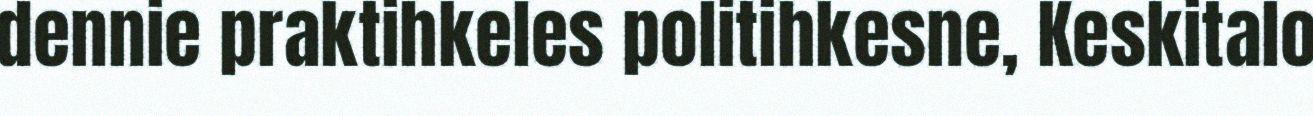
dennie praktihkeles politihkesne, Keskitalo